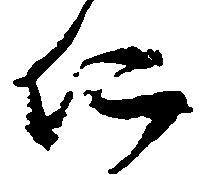
仁